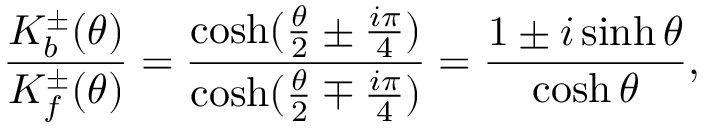
\frac { K _ { b } ^ { \pm } ( \theta ) } { K _ { f } ^ { \pm } ( \theta ) } = \frac { \cosh ( \frac { \theta } { 2 } \pm \frac { i \pi } { 4 } ) } { \cosh ( \frac { \theta } { 2 } \mp \frac { i \pi } { 4 } ) } = \frac { 1 \pm i \sinh \theta } { \cosh \theta } ,